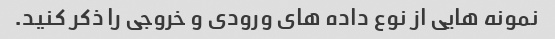
نمونه هایی از نوع داده های ورودی و خروجی را ذکر کنید.